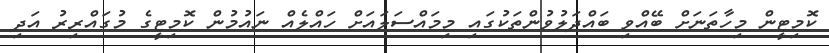
ކޮމިޓީން މިހާތަނަށް ބޭއްްވި ބައްދަލުވުންތަކުގައި މިމައްސަލައަށް ހައްލެއް ނައުމުން ކޮމިޓީގެ މުގައްރިރު އަދި